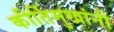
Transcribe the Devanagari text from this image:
कीर्तिमुखांनी